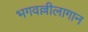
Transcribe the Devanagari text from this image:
भगवल्लीलागान